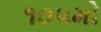
૧૦૫મો